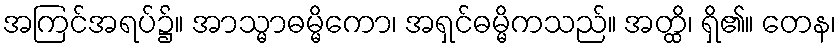
အကြင်အရပ်၌။ အာသ္မာဓမ္မိကော၊ အရှင်ဓမ္မိကသည်။ အတ္ထိ၊ ရှိ၏။ တေန၊